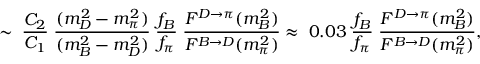
\sim \; \frac { C _ { 2 } } { C _ { 1 } } \; \frac { ( m _ { D } ^ { 2 } - m _ { \pi } ^ { 2 } ) } { ( m _ { B } ^ { 2 } - m _ { D } ^ { 2 } ) } \; \frac { f _ { B } } { f _ { \pi } } \; \frac { F ^ { D \rightarrow \pi } ( m _ { B } ^ { 2 } ) } { F ^ { B \rightarrow D } ( m _ { \pi } ^ { 2 } ) } \approx \; 0 . 0 3 \; \frac { f _ { B } } { f _ { \pi } } \; \frac { F ^ { D \rightarrow \pi } ( m _ { B } ^ { 2 } ) } { F ^ { B \rightarrow D } ( m _ { \pi } ^ { 2 } ) } ,